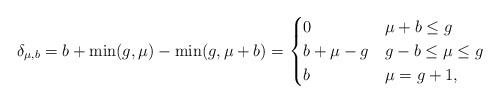
LaTeX: \begin{align*} \delta_{\mu,b}= b+\min(g,\mu)-\min(g,\mu+b) = \begin{cases} 0 & \mu+b\leq g \\ b + \mu - g & g-b \leq \mu \leq g \\ b & \mu = g+1, \\ \end{cases}\end{align*}